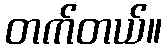
တက်တယ်။